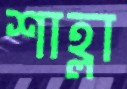
শাহ্লা